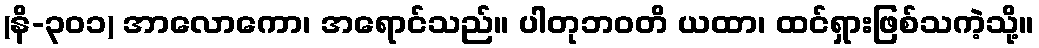
(နိ-၃၀၁) အာလောကော၊ အရောင်သည်။ ပါတုဘဝတိ ယထာ၊ ထင်ရှားဖြစ်သကဲ့သို့။